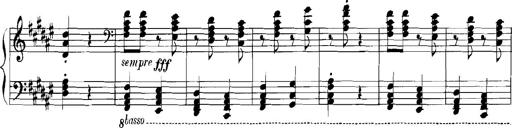
Title: Rhapsodies hongroises
Composer: Franz Liszt